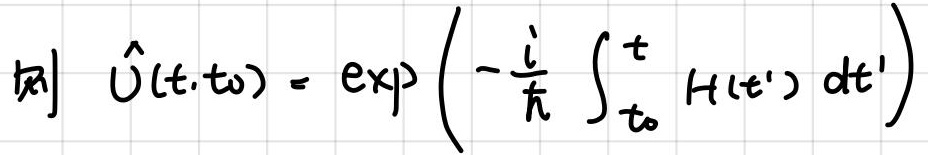
则 $\hat{U}(t,t_0) = \exp\left( -\frac{i}{\hbar} \int_{t_0}^{t} H(t') dt' \right)$